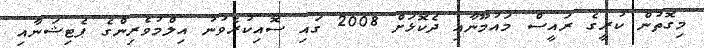
މިގޮތުން ކުރީގެ ރައީސް މައުމޫނާއި ދެކޮޅަށް 2008 ގައި ސޮއިކުރެވުނު އިލްމުވެރިންގެ ޕެޓިޝަނާއި